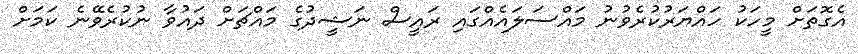
އެގޮތަށް މީހަކު ހައްޔަރުކުރެވުނު މައްސަލައެއްގައި ރައީސް ނަޝީދުގެ މައްޗަށް ދައުވާ ނުކުރެވޭނެ ކަމަށް